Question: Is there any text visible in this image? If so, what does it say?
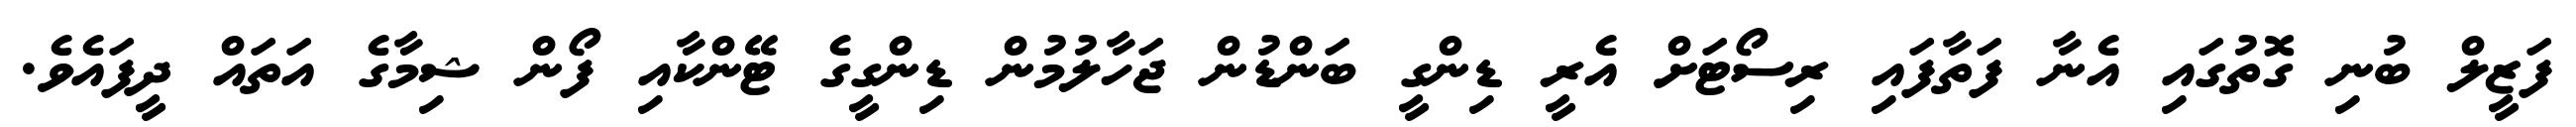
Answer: ފަޒީލް ބުނި ގޮތުގައި އެނާ ފަތާފައި ރިސޯޓަށް އެރީ ޑިންގީ ބަންޑުން ޖަހާލުމުން ޑިންގީގެ ޓޭންކާއި ފޯން ޝިމާގެ އަތައް ދީފައެވެ.